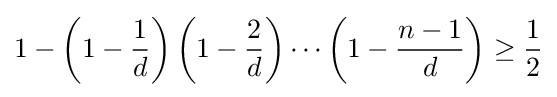
1-\left(1-{\frac {1}{d}}\right)\left(1-{\frac {2}{d}}\right)\cdots \left(1-{\frac {n-1}{d}}\right)\geq {\frac {1}{2}}